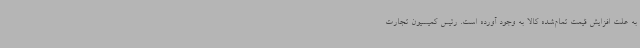
به علت افزایش قیمت تمام‌شده کالا به وجود آورده است. رئیس کمیسیون تجارت